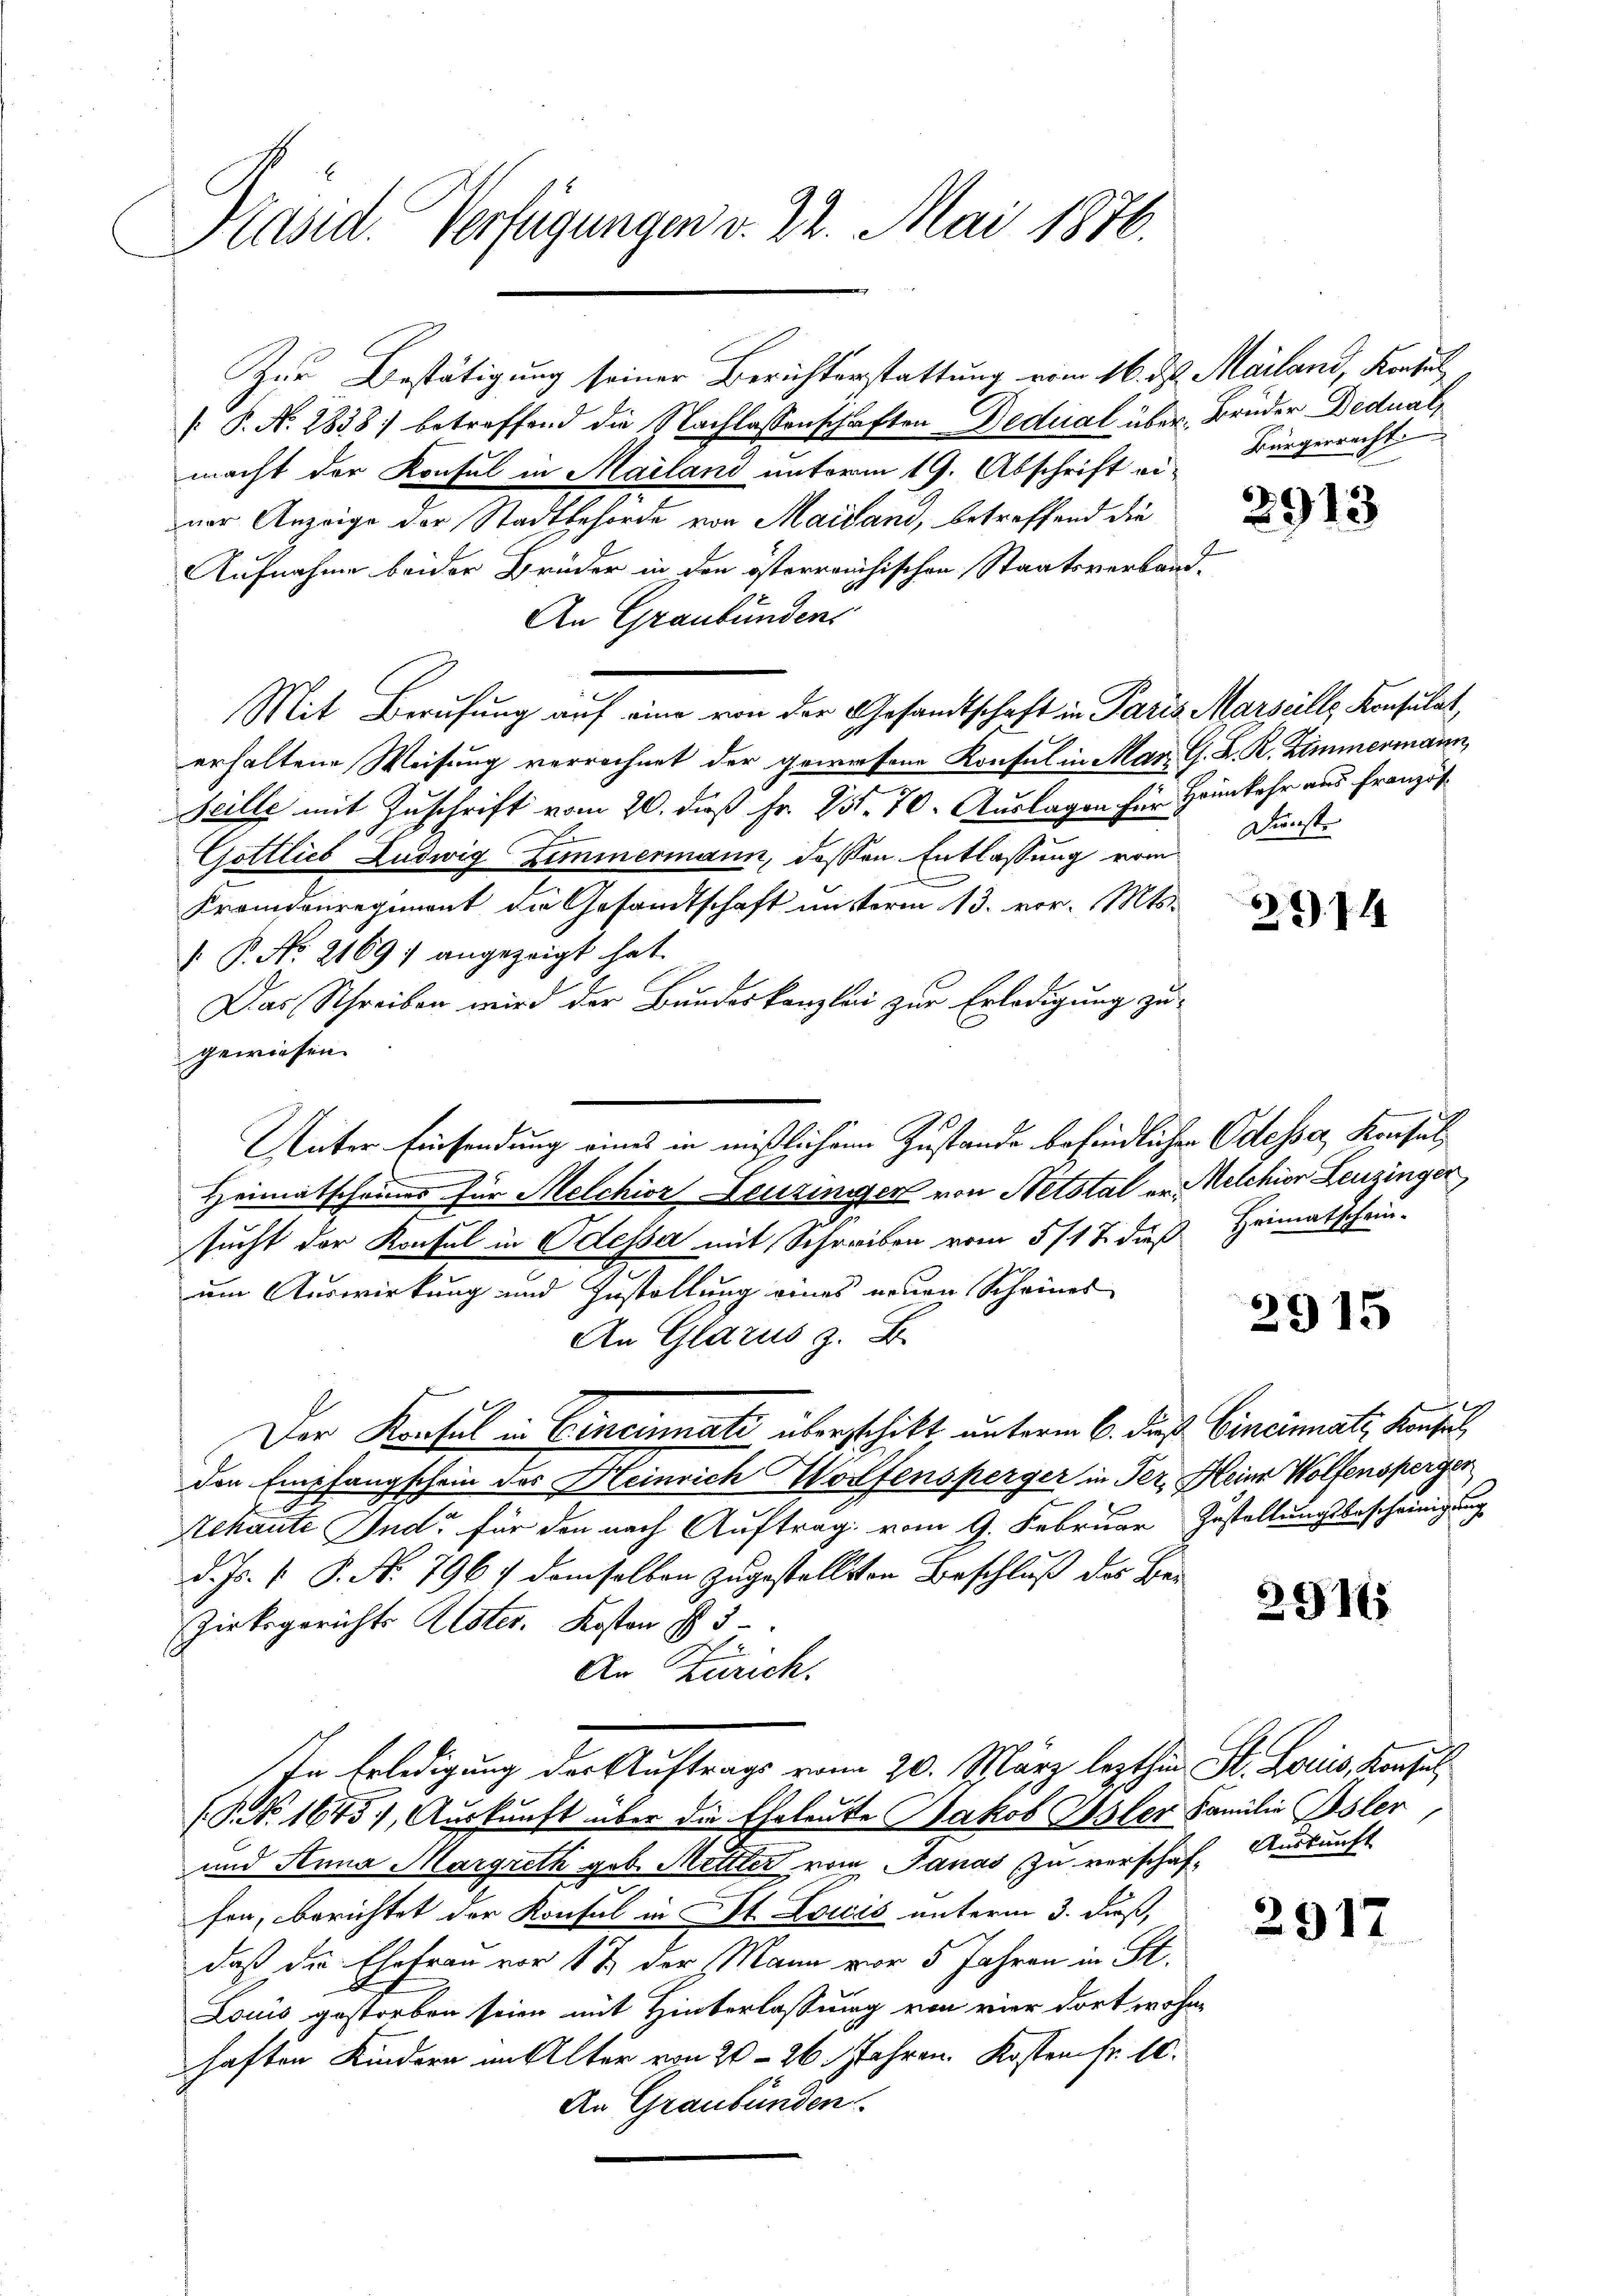
Präsid. Verfügungen v. 22. Mai 1876.

P. N. 2838) betreffend die Nachlassenschaften Dedual über Brüder Dedual
macht der Konsul in Mailand unterm 19. Abschrift eivor Anzeige der Stadtbehörde von Mailand, betreffend die
Aufnahme beider Brüder in den österreichischen Staatsverband¬
An Graubündens
Mit Berufung auf eine von der Gesandtschaft in Paris Marseille Konsulat
erhaltene Weisung verrechnet der gewesene Konsul in Mar. G. K. R. Zimmermann,
Scille mit Zuschrift vom 20. daß Fr. 751. 70. Auslagen für Heimkehr aus Französ¬
Göttlieb Ludwig Zimmermann, deßen Entlassung vom
Fremdenregiment die Gesandtschaft unsterm 13. vor. Mts.
 P. No. 2169) angezeigt hat.
Das Schreiben wird der Bundeskanzlei zur Erledigung zu
gewiesen.
Unter Einsendung eines in mißlichen Zustande befindlichen Odessa Konsul
s
Heimatscheines für Melchior Leuzinger von Netstal er Melchior Leuzinger
sucht der Konsul in Odessa mit Schreiben vom 5/18. dieß Heimatschein-
um Auswirkung und Zustellung eines neuen Scheines
An Glarus z. B.
Der Konsul in Cincinnati überschikt, unterm 6. dieß Cinciati, Konsul
den Empfangschein des Heinrich Wolfensperger in Ter, Heinr Wolfensperger
Schaute Ind für den nach Auftrag vom 9. Februar Zustellungsbescheinigung
d. Js. [ P. N. 796 / demselben zugestellten Beschluß des Be¬
Zirksgerichts Uster. Kosten § 5
An Zürich.
In Erledigung der Auftrags vom 20. März lezthin St. Locis, Konsul¬
(P.NNo. 1645), Auskunft über die Eheleute Jakob Isler Familie Isler
und Anna Margreth geb. Mettler vom Janas zu verschaft Auskunft
fen, berichtet der Konsul in St. Louis unterm 3. daß,
daß die Ehefrau vor 1 & der Mann vor 5 Jahren in St.
Louis gestorben seien mit Hinterlassung von vier dort wohnhaften Kindern in Elter von 20 – 26. Jahren. Kosten Fr. 10.
An Graubünden.

Zur Bestätigung seiner Berichterstattung vom 16. d. Mailand, Konsul

Bürgerrecht.

2913

Dienste

1

2915

2911

2917